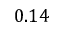
0 . 1 4